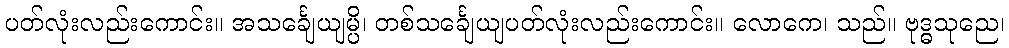
ပတ်လုံးလည်းကောင်း။ အသင်္ချေယျမ္ပိ၊ တစ်သင်္ချေယျပတ်လုံးလည်းကောင်း။ လောကေ၊ သည်။ ဗုဒ္ဓသုညေ၊